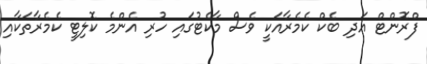
ފްރޮންޓް އަދި ބެކް ކެމެރާއަކީ ވެސް މާކެޓުގައި ހުރި އެންމެ ކޮލިޓީ ކެމެރާތަކާއި